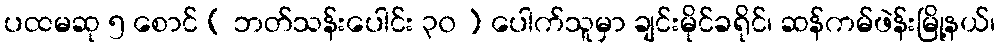
ပထမဆု ၅ စောင် ( ဘတ်သန်းပေါင်း ၃၀ ) ပေါက်သူမှာ ချင်းမိုင်ခရိုင်၊ ဆန်ကမ်ဖဲန်းမြို့နယ်၊